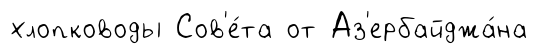
хлопководы Сов'е́та от Аз'ербайджа́на